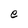
Character: e